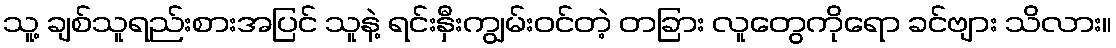
သူ့ ချစ်သူရည်းစားအပြင် သူနဲ့ ရင်းနှီးကျွမ်းဝင်တဲ့ တခြား လူတွေကိုရော ခင်ဗျား သိလား။